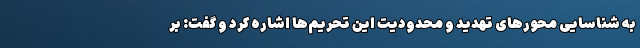
به شناسایی محورهای تهدید و محدودیت این تحریم‌ها اشاره کرد و گفت: ‌بر